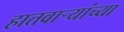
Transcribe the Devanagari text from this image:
हातवाऱ्यांच्या